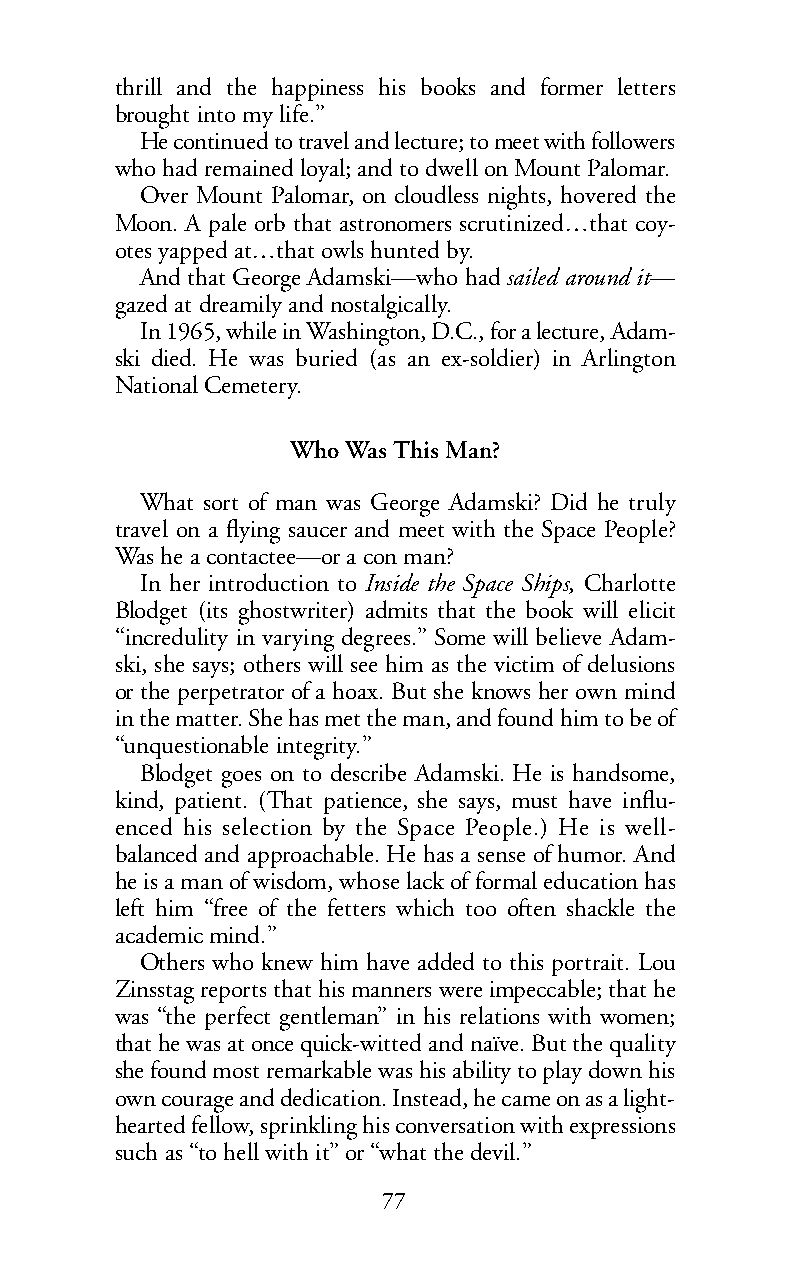
thrill and the happiness his books and former letters
 brought into my life.”
 He continued to travel and lecture; to meet with followers
 who had remained loyal; and to dwell on Mount Palomar.
 Over Mount Palomar, on cloudless nights, hovered the
 Moon. A pale orb that astronomers scrutinized…that coy-
 otes yapped at…that owls hunted by.
 And that George Adamski—who hadsailed around it—
 gazed at dreamily and nostalgically.
 In 1965, while in Washington, D.C., for a lecture, Adam-
 ski died. He was buried (as an ex-soldier) in Arlington
 National Cemetery.
 Who Was This Man?
 What sort of man was George Adamski? Did he truly
 travel on a flying saucer and meet with the Space People?
 Was he a contactee—or a con man?
 In her introduction to Inside the Space Ships, Charlotte
 Blodget (its ghostwriter) admits that the book will elicit
 “incredulity in varying degrees.” Some will believe Adam-
 ski, she says; others will see him as the victim of delusions
 or the perpetrator of a hoax. But she knows her own mind
 in the matter. She has met the man, and found him to be of
 “unquestionable integrity.”
 Blodget goes on to describe Adamski. He is handsome,
 kind, patient. (That patience, she says, must have influ-
 enced his selection by the Space People.) He is well-
 balanced and approachable. He has a sense of humor. And
 he is a man of wisdom, whose lack of formal education has
 left him “free of the fetters which too often shackle the
 academic mind.”
 Others who knew him have added to this portrait. Lou
 Zinsstag reports that his manners were impeccable; that he
 was “the perfect gentleman” in his relations with women;
 that he was at once quick-witted and naïve. But the quality
 she found most remarkable was his ability to play down his
 own courage and dedication. Instead, he came on as a light-
 hearted fellow, sprinkling his conversation with expressions
 such as “to hell with it” or “what the devil.”
 